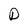
Character: D